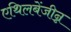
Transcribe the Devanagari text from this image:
एथिलबेंजीन्न